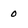
Character: 0